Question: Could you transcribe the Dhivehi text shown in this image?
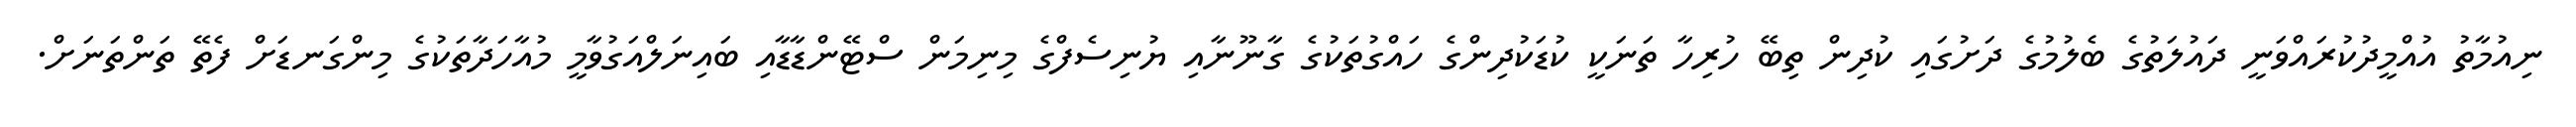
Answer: ނިއުމާތު އުއްމީދުކުރައްވަނީ ދައުލަތުގެ ބެލުމުގެ ދަށުގައި ކުދިން ތިބޭ ހުރިހާ ތަނަކީ ކުޑަކުދިންގެ ހައްގުތަކުގެ ގާނޫނާއި ޔުނިސެފްގެ މިނިމަން ސްޓޭންޑާޑާއި ބައިނަލްއަގުވާމީ މުއާހަދާތަކުގެ މިންގަނޑަށް ފެތޭ ތަންތަނަށް.